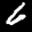
Label: 6